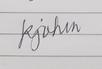
Signature authenticity: genuine